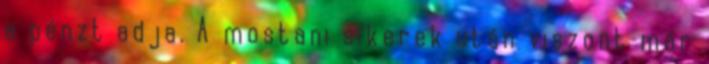
a pénzt adja. A mostani sikerek után viszont már